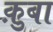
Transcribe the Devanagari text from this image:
क़ुबा